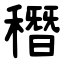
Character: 䅾